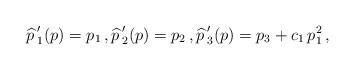
LaTeX: \begin{align*} {\widehat p\,}'_1(p)=p_1\,,{\widehat p\,}'_2(p)=p_2\,,{\widehat p\,}'_3(p)=p_3+c_1\, p_1^2\,,\end{align*}